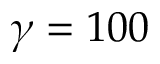
\gamma = 1 0 0